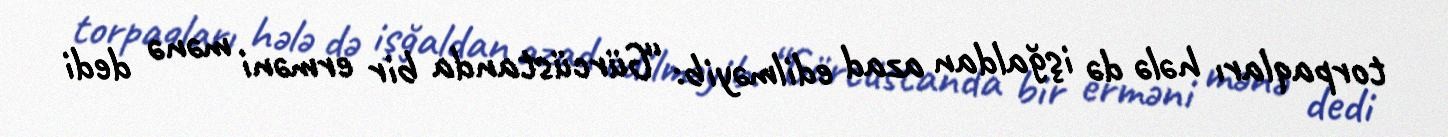
torpaqları hələ də işğaldan azad edilməyib: “Gürcüstanda bir erməni mənə dedi